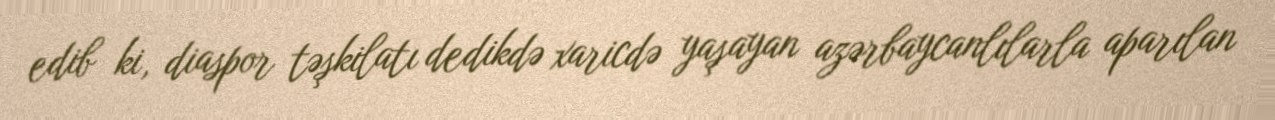
edib ki, diaspor təşkilatı dedikdə xaricdə yaşayan azərbaycanlılarla aparılan